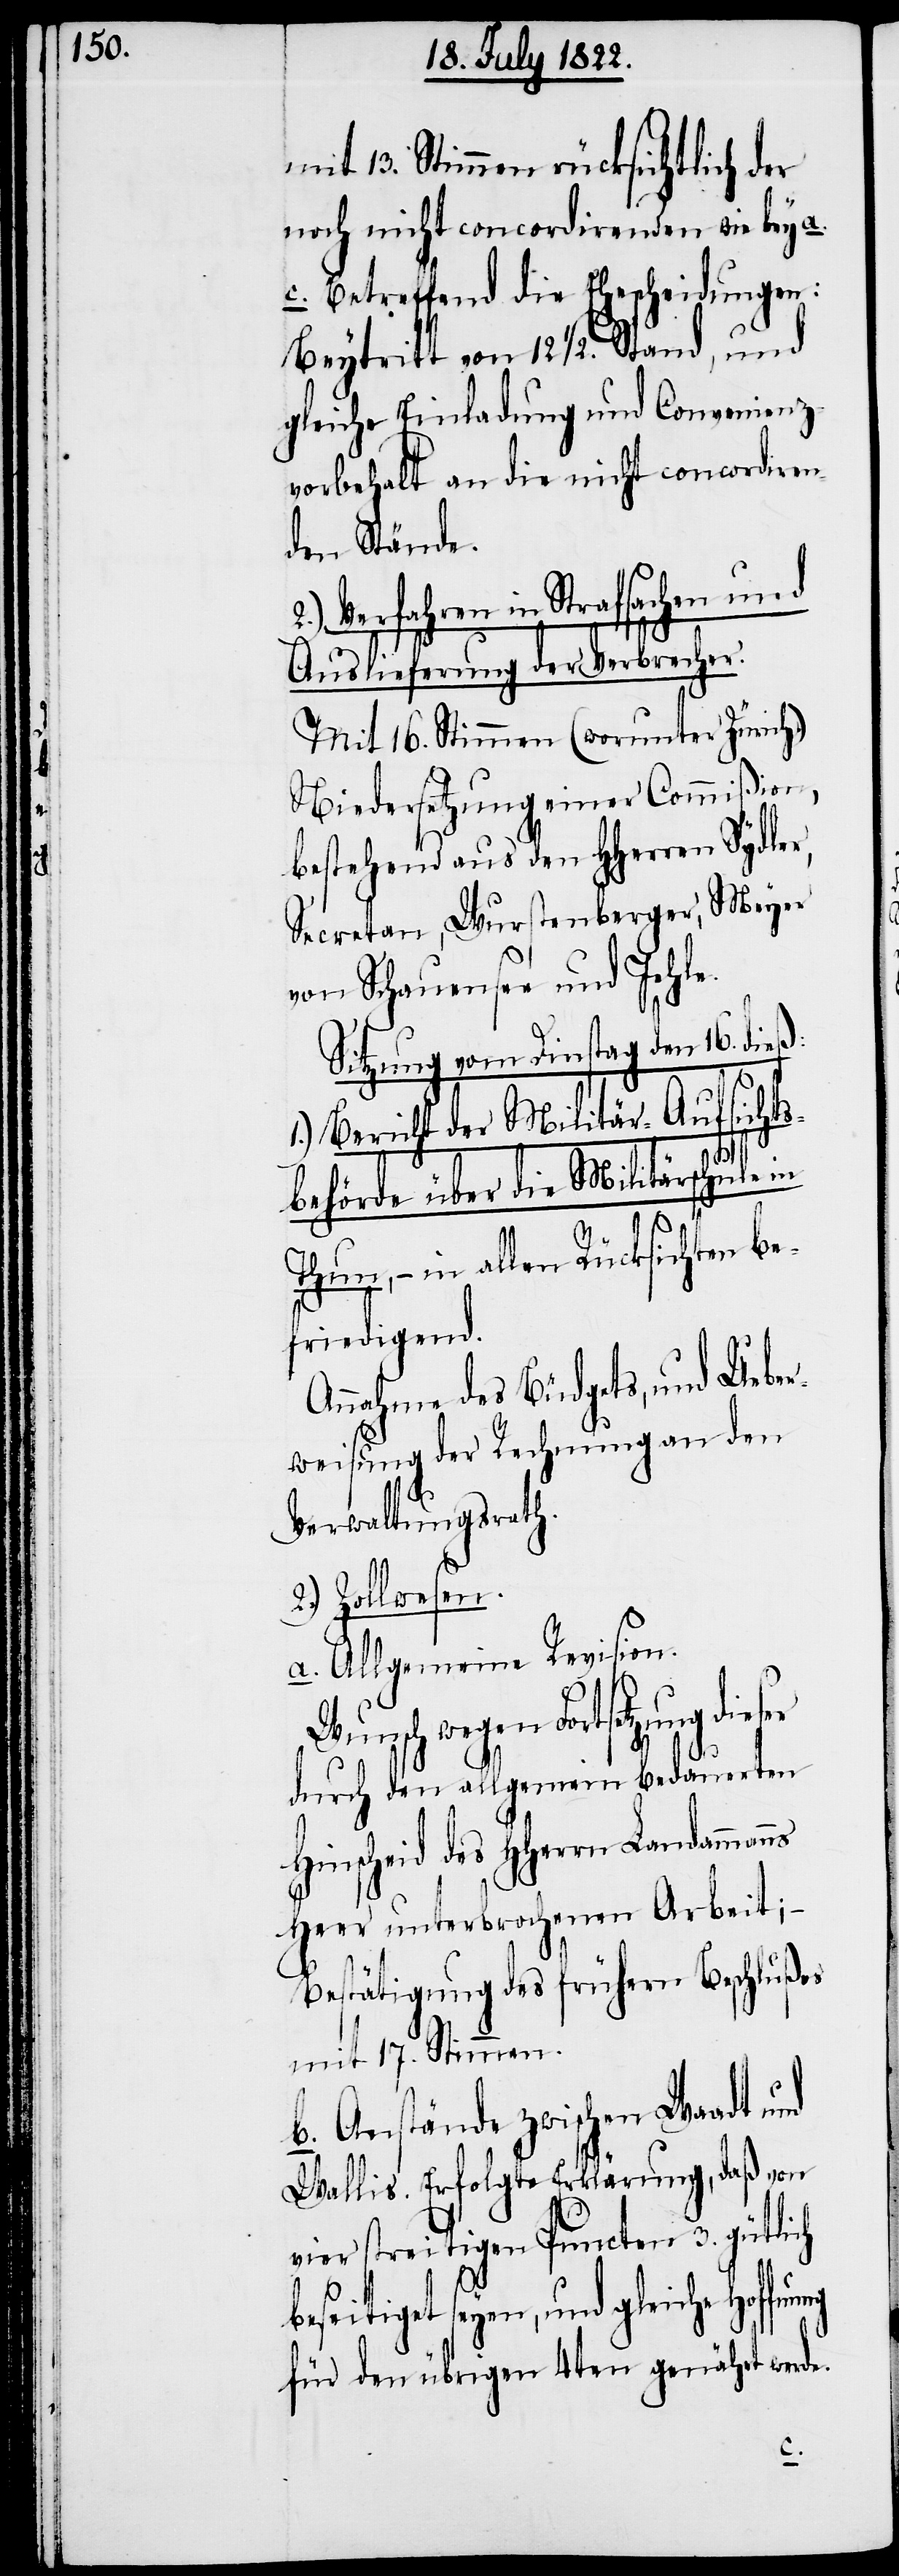
mit 13. Stimmen rücksichtlich der
noch nicht concordirenden wie bey a.
c. Betreffend die Ehescheidungen:
Beytritt von 12 ½. Stand, und
gleiche Einladung und Convenienz¬
vorbehalt an die nicht concordiren¬
den Stände.
2.) Verfahren in Strafsachen und
Auslieferung der Verbrecher.
Mit 16. Stimmen (worunter Zürich)
Niedersetzung einer Commißion,
bestehend aus den HHerren Sydler,
Secretan, Wurstenberger, Meyer
von Schauensee und Jehle.
Sitzung vom Dinstag den 16 dieß:
1.) Bericht der Militär-Aufsichts¬
behörde über die Militärschule in
Thun, – in allen Rücksichten be¬
friedigend.
Annahme des Budgets, und Ueber¬
weisung der Rechnung an den
Verwaltungsrath.
2.) Zollwesen.
a. Allgemeine Revision.
Wunsch gegen Fortsetzung
durch den allgemeine bedauerten
Hinscheid des HHerrn Landamman¬
Herr unterbrochenen Arbeit;
Bestätigung des frühern Beschlußes
mit 17. Stimmen.
b. Anstände zwischen Waadt und
Wallis. Erfolgte Erklärung, daß von
vier streitigen Puncten 3. gütlich
beseitiget seyen, und gleiche
für den übrigen 4ten genährt werde.
ns